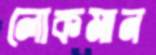
লোকমান